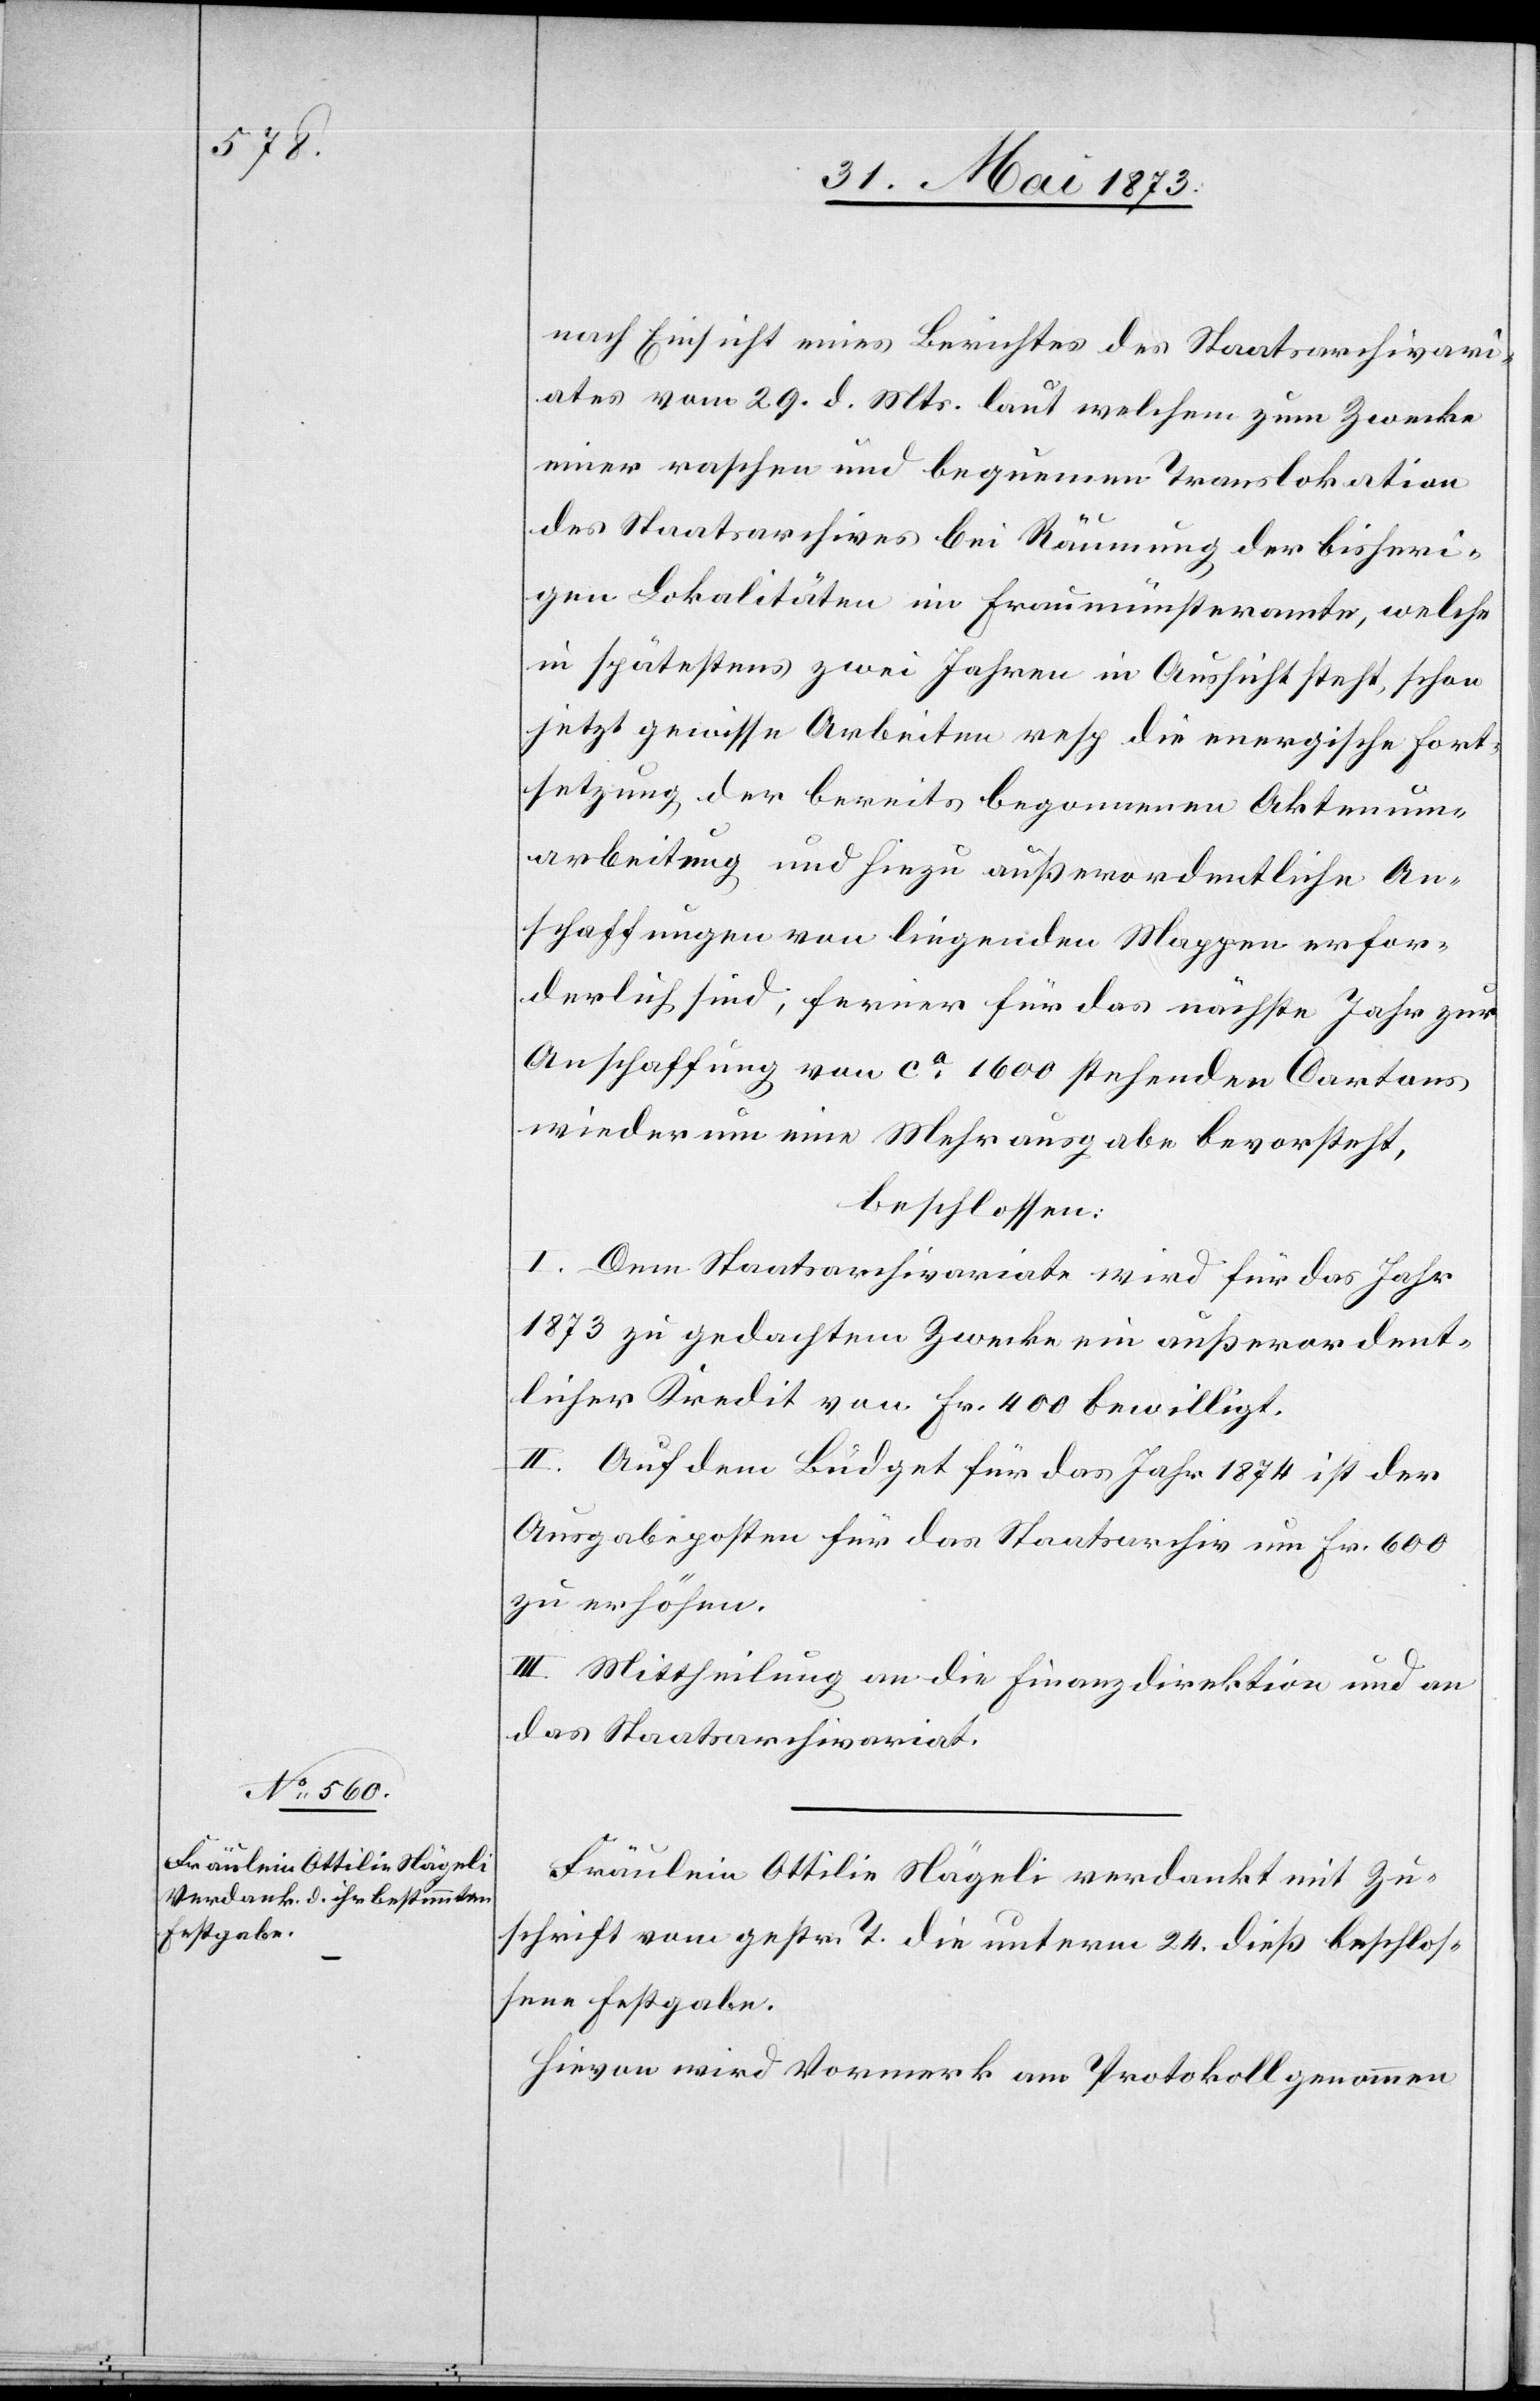
nach Einsicht eines Berichtes des Staatsarchivari¬
ates vom 29. d. Mts. laut welchem zum Zwecke
einer raschen und bequemen Translokation
des Staatsarchives bei Räumung der bisheri¬
gen Lokalitäten im Fraumünsteramte, welche
in spätestens zwei Jahren in Aussicht steht, schon
jetzt gewisse Arbeiten resp die energische Fort¬
setzung der bereits begonnenen Aktenum¬
arbeitung und hiezu außerordentliche An¬
schaffungen von liegenden Mappen erfor¬
derlich sind; ferner für das nächste Jahr zur
Anschaffung von ca 1 600 stehenden Cartons
wiederum eine Mehrausgabe bevorsteht,
beschlossen:
I. Dem Staatsarchivariate wird für das Jahr
1873 zu gedachtem Zwecke ein außerordent¬
licher Kredit von Fr. 400 bewilligt.
II. Auf dem Büdget für das Jahr 1874 ist der
Ausgabeposten für das Staatsarchiv um Fr. 600
zu erhöhen.
III. Mittheilung an die Finanzdirektion und an
das Staatsarchivariat.
Fräulein Ottilie Nägeli verdankt mit Zu¬
schrift vom gestr. T. die unterm 24. dieß beschlos¬
sene Festgabe.
Hievon wird Vormerk am Protokoll genommen